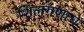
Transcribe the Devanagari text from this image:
शिलंगणाचे